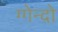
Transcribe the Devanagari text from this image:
ग्गेन्दो